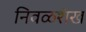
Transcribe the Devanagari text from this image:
निवळशंख